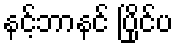
နင့်ဘာနင် ပြိုင်ပ